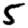
Digit: 5